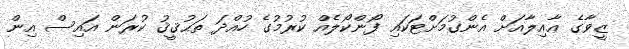
ޒީވާގެ ޢާއިލާއަށް އެންގުމަށްޓަކައި ފޯންކޯލެއް ކުރުމުގެ ހުއްދަ ތަޙުޤީޤު ކުރަން އައިސް އިން